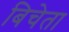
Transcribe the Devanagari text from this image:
बिचेता